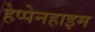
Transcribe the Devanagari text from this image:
हेप्पेनहाइम